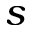
s